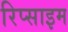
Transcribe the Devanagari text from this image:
रिप्साइम